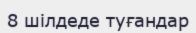
8 шілдеде туғандар